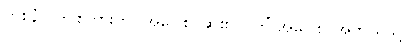
(ဝစနံ)၊ ဤစကားကို။ အဝေါစ၊ ဆို၏။ (ကိံ အဝေါစ၊ အဘယ်သို့